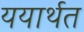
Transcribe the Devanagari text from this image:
ययार्थत